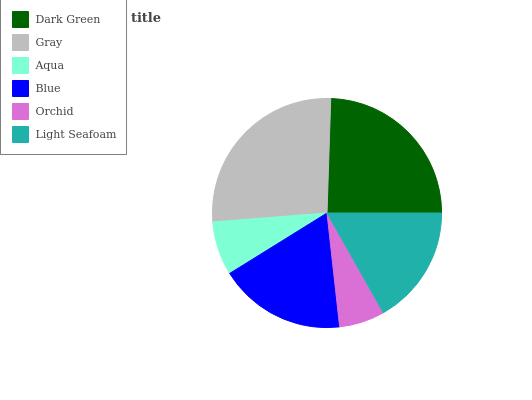
| Dark Green | Gray | Aqua | Blue | Orchid | Light Seafoam |
 | --- | --- | --- | --- | --- | --- |
 | 24.5% | 26.7% | 7.58% | 18% | 6.42% | 16.8% |